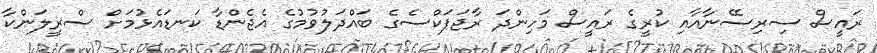
ރައީސް ސިރިސޭނާއާއި ކުރީގެ ރައީސް މަހިންދަ ރާޖަޕަކްސެގެ ބައްދަލުވުމުގެ އެޖެންޑާ ކަނޑައެޅުމަށް ސްރީލަންކާ